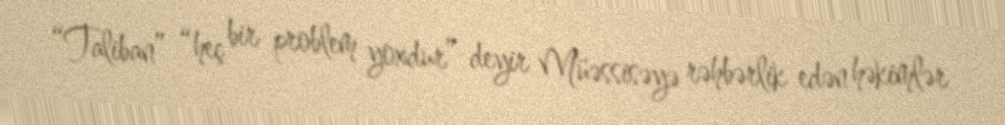
“Taliban” “heç bir problem yoxdur” deyir Müəssisəyə rəhbərlik edən həkimlər